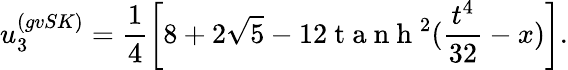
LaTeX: u_{3}^{(gvSK)}=\frac{1}{4}\left[8+2\sqrt{5}-12\mathrm{~t~a~n~h~}^{2}(\frac{t^{4}}{32}-x)\right].